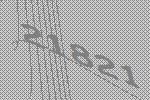
21821